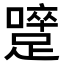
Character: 𨅇